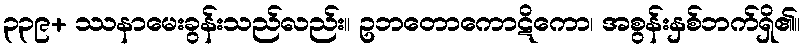
၃၃၉+ ဿနာမေးခွန်းသည်လည်း။ ဥဘတောကောဋိကော၊ အစွန်းနှစ်ဘက်ရှိ၏။